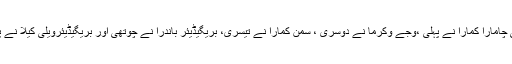
3.2کلومیٹر ریس میں سپاہی چامارا کمارا نے پہلی ،وجے وکرما نے دوسری ، سمن کمارا نے تیسری، بریگیڈیئر باندرا نے چوتھی اور بریگیڈیئرویلی کیلا نے پانچویں پوزیشن حاصل کی ۔